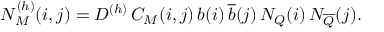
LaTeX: N _ { M } ^ { ( h ) } ( i , j ) = D ^ { ( h ) } \, C _ { M } ( i , j ) \, b ( i ) \, { \overline { { b } } } ( j ) \, N _ { Q } ( i ) \, N _ { \overline { { Q } } } ( j ) . \,